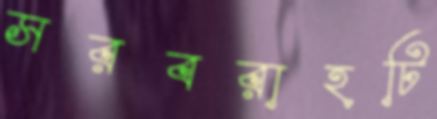
সরবরাহটি